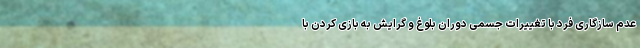
عدم سازگاری فرد با تغییرات جسمی دوران بلوغ و گرایش به بازی کردن با